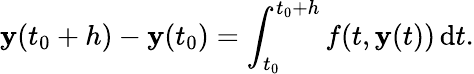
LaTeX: \mathbf{y}(t_{0}+h)-\mathbf{y}(t_{0})=\int_{t_{0}}^{t_{0}+h}f(t,\mathbf{y}(t))\, \mathrm{{d}}t.